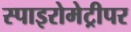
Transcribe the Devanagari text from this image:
स्पाइरोमेट्रीपर